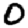
Digit: 0